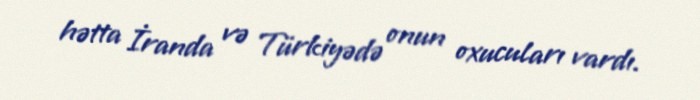
hətta İranda və Türkiyədə onun oxucuları vardı.